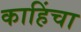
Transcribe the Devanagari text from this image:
काहिंचा